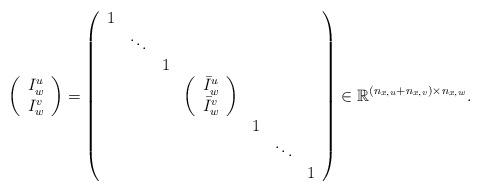
LaTeX: \begin{align*}\left(\begin{array}{c c} I_w^{u} \\I_w^{v} \\\end{array}\right) = \left(\begin{array}{ccccccc}1 & & & & & & \\& \ddots & & & & & \\& & 1 & & & & \\& & & \left(\begin{array}{c c} \bar I_w^{u} \\\bar I_w^{v} \\\end{array}\right) & & & \\& & & & 1 & & \\& & & & & \ddots & \\& & & & & & 1\end{array}\right) \in \mathbb{R}^{(n_{x,u}+n_{x,v}) \times n_{x,w}}.\end{align*}